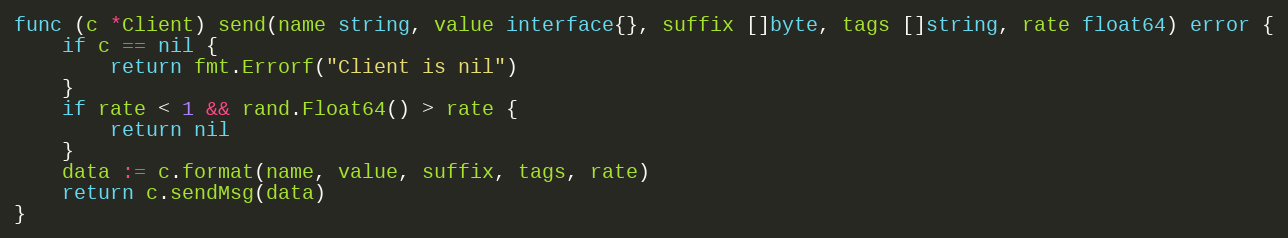
Language: Go
func (c *Client) send(name string, value interface{}, suffix []byte, tags []string, rate float64) error {
	if c == nil {
		return fmt.Errorf("Client is nil")
	}
	if rate < 1 && rand.Float64() > rate {
		return nil
	}
	data := c.format(name, value, suffix, tags, rate)
	return c.sendMsg(data)
}